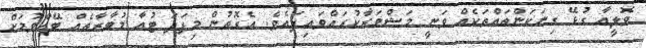
ވޮލީއާ ގުޅޭ ގިނަކަންތައްތަކެއް ވަނީ މަޝްވަރާކުރައްވައިފައެވެ. އެގޮތުން މިފަދަ ޓުއާ މުބާރާތެއް ބޭއްވުމަށް